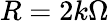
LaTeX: R=2k\Omega